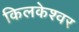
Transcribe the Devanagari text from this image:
किलकेश्‍वर